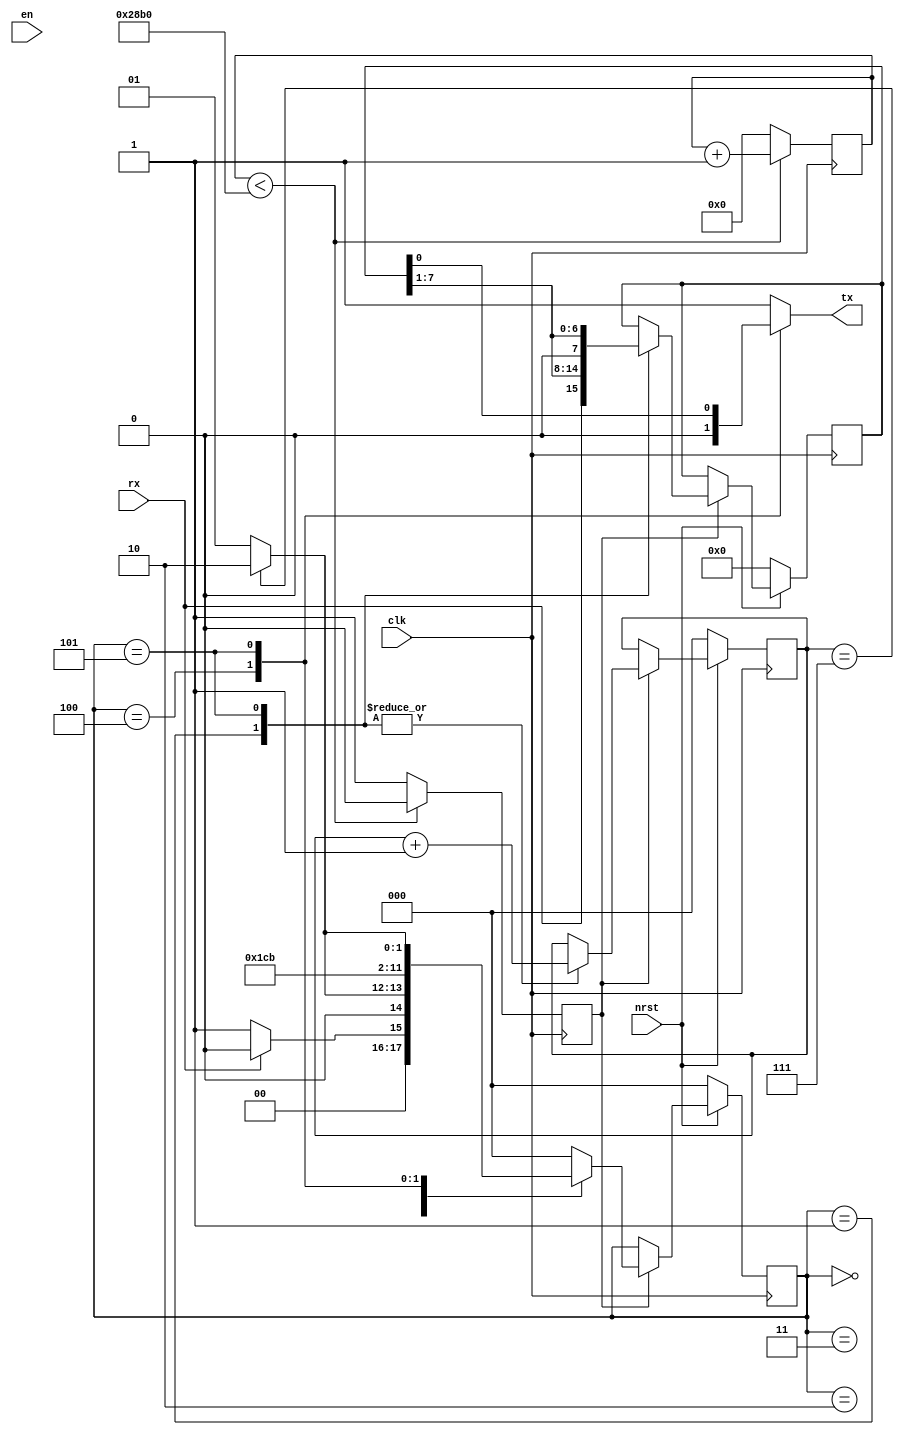
`timescale 1ns / 1ps

module uartrxtx_echo(
    input clk,
    input nrst,
    input en,
    input rx,
    output reg tx
    );

    // Baud counter
    parameter BAUD_PER = 10416; //9600 bits per second, 100 MHz clk (10ns period)
    reg [13:0] baud_ctr;
    reg baud_ctr_en;
    always@(posedge clk)
      if (baud_ctr < BAUD_PER) begin
        baud_ctr = baud_ctr + 1;
        baud_ctr_en = 0;
      end
      else begin
        baud_ctr = 0;
        baud_ctr_en = 1'b1;
      end
      
    wire en_sample;
    assign en_sample = baud_ctr_en;
      
    // State machine
    reg [2:0] state;
    parameter S_IDLE    = 3'd0;
    parameter S_SAMPLE  = 3'd1;
    parameter S_RXSTOP  = 3'd2;
    parameter S_DELAY   = 3'd3;
    parameter S_TXSTART = 3'd4;
    parameter S_TXSEND  = 3'd5;
    parameter S_TXSTOP  = 3'd6;
    reg [2:0] sample_ctr;
    
    always@(posedge clk)
    if (!nrst)
      state = S_IDLE;
    else
      if (en_sample)
        case(state)
          S_IDLE:
            if (rx == 0)
              state = S_SAMPLE;
            else
              state = S_IDLE;
              
          S_SAMPLE:
            if (sample_ctr == 3'd7)
              state = S_RXSTOP;
            else
              state = S_SAMPLE;
              
          S_RXSTOP:
            state = S_DELAY;
            
          S_DELAY:
            state = S_TXSTART;
            
          S_TXSTART:
            state = S_TXSEND;
          
          S_TXSEND:
            if (sample_ctr == 3'd7)
              state = S_TXSTOP;
            else
              state = S_TXSEND;
              
          S_TXSTOP:
            state = S_IDLE;
            
          default:
            state = S_IDLE;
        endcase

    always@(posedge clk)
    if (!nrst)
      sample_ctr = 0;
    else
      if (en_sample)
        case(state)
          //S_IDLE:
            //sample_ctr = 0;
              
          S_SAMPLE, S_TXSEND:
            sample_ctr = sample_ctr + 1;
        endcase
        
    // Shift register
    reg [7:0] rxsr;
    always@(posedge clk)
    if (!nrst)
      rxsr = 0;
    else
      if (en_sample)
        case(state)
        
          S_SAMPLE:
            rxsr = {rx, rxsr[7:1]};
          
          S_TXSEND:
            rxsr = {1'b0,rxsr[7:1]};
            
        endcase
        
    always@(*)
      case(state)
        S_TXSTART:
          tx = 1'b0;
        S_TXSEND:
          tx = rxsr[0];
        default:
          tx = 1'b1;
      endcase

endmodule